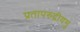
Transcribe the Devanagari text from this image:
प्रतापरुद्रीयमु